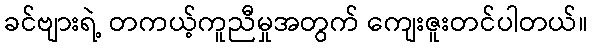
ခင်ဗျားရဲ့ တကယ့်ကူညီမှုအတွက် ကျေးဇူးတင်ပါတယ်။